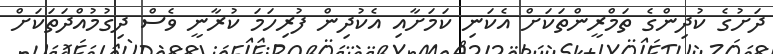
ދަށުގެ ކުދިންގެ ތަމްރީންތަކަށް އެކަނި ކަމަށާއި އެކުދިން ފުރިހަަމަ ކުރާނީ ވެސް ދިގުމުއްދަތަކަށް